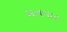
મનવાર